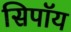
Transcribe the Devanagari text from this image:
सिपॉय